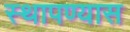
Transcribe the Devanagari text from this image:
स्थापण्यास